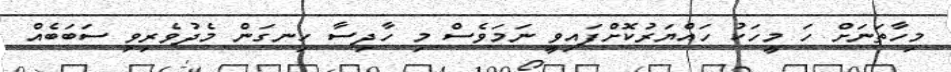
މިހާތަނަށް ހަ މީހަކު ހައްޔަރުކޮށްފައިވީ ނަމަވެސް މި ހާދިސާ ހިނގަން މެދުވެރިވި ސަބަބެއް